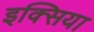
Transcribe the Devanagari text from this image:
इक्सिया